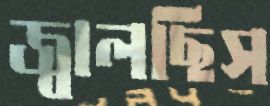
জ্বালছিস